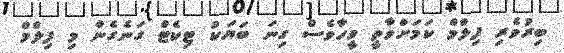
ބިރުވެރި ފިލްމް ކަމަށްވާތީ ވީހާވެސް ގިނަ ބަޔަކު ޓިކެޓް ގަނެގެން މި ފިލްމް